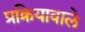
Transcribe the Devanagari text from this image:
प्रक्रियावाले